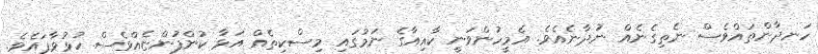
ހަނދާންތައްވެސް ނެތިގެނެއް ނުދާނެއެވެ. އެމީހުންވަނީ ކާއިއާގެ ނަމުގައި މިސްކިތެއް އަޅާ ކުންފުންޏެއްވެސް ހުޅުވާފައެވެ.